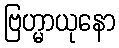
ဗြဟ္မာယုနော